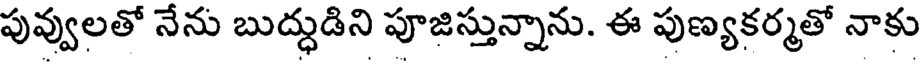
పువ్వులతో నేను బుద్ధుడిని పూజిస్తున్నాను. ఈ పుణ్యకర్మతో నాకు